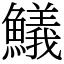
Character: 䲑